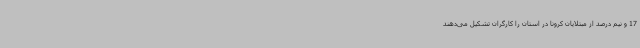
17 و نیم درصد از مبتلایان کرونا در استان را کارگران تشکیل می‌دهند